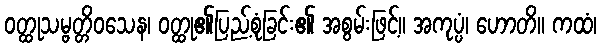
ဝတ္ထုသမ္ဗတ္တိဝသေန၊ ဝတ္ထု၏ပြည့်စုံခြင်း၏ အစွမ်းဖြင့်။ အကုပ္ပံ၊ ဟောတိ။ ကထံ၊